Civil Veterinary Department. Central Provinces & Berar 1932-41 - 1932-1941
Year: 1932
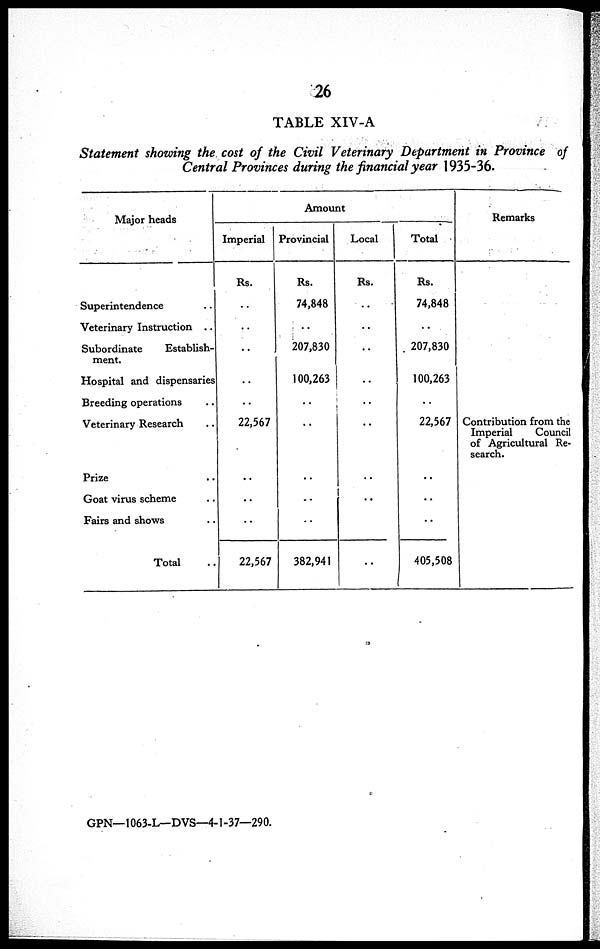
26
TABLE XIV-A
Statement showing the cost of the Civil Veterinary Department in Province of
Central Provinces during the financial year 1935-36.
Major heads
Superintendence
Veterinary Instruction ..
Subordinate
Establish-
ment.
Hospital and dispensaries
Breeding operations
Veterinary Research
Prize
Goat virus scheme
Fairs and shows
Total
Amount
Imperial
Rs.
..
..
..
..
..
22,567
..
..
..
22,567
Provincial
Rs.
74,848
..
207,830
100,263
..
..
..
..
..
382,941
Local
Rs.
..
..
..
..
..
..
..
..
Total
Rs.
74,848
..
207,830
100,263
..
22,567
..
..
..
405,508
Remarks
Contribution from the
Imperial
Council
of Agricultural Re-
search.
GPN— 1063-L— DVS—4-1-37—290.